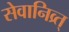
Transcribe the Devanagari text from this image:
सेवानिव्र्त्